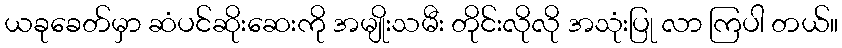
ယခုခေတ်မှာ ဆံပင်ဆိုးဆေးကို အမျိုးသမီး တိုင်းလိုလို အသုံးပြု လာ ကြပါ တယ်။